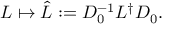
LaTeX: L \mapsto \hat { L } : = D _ { 0 } ^ { - 1 } L ^ { \dagger } D _ { 0 } .